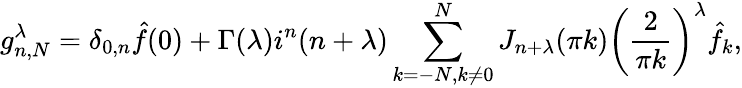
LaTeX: g_{n,N}^{\lambda}=\delta_{0,n}\hat{f}(0)+\Gamma(\lambda)i^{n}(n+\lambda)\sum_{k=-N,k\neq 0}^{N}J_{n+\lambda}(\pi k)\bigg(\frac{2}{\pi k}\bigg)^{\lambda}\hat{f}_{k},